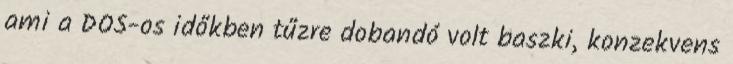
ami a DOS-os időkben tűzre dobandó volt baszki, konzekvens